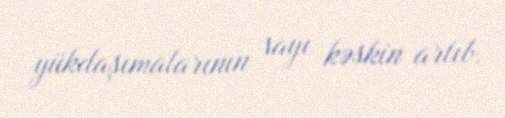
yükdaşımalarının sayı kəskin artıb.